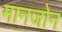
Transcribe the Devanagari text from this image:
मानजोन